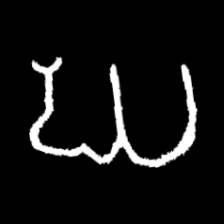
Pyu character \u2014 Myanmar letter: ဃ (romanized: gha)